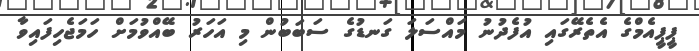
ޕީޕީއެމްގެ އެތެރޭގައި އުފެދުނު މައްސަލަ ގަނޑުގެ ސަބަބުން މި އަހަރު ބޭއްވުމަށް ހަމަޖެހިފައިވާ